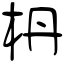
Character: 枬